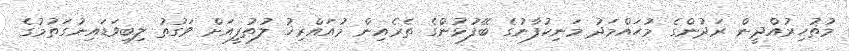
މުޡުހިރުއްދީން ރަދުންގެ މުޙައްމަދު މަނިކުފާނުގެ ބޭފުޅުންގެ ތެރެއިން މުއައްރިޚު ލުޠުފީއަށް ވަގުތު ލިބިވަޑައިނުގަތުމުގެ